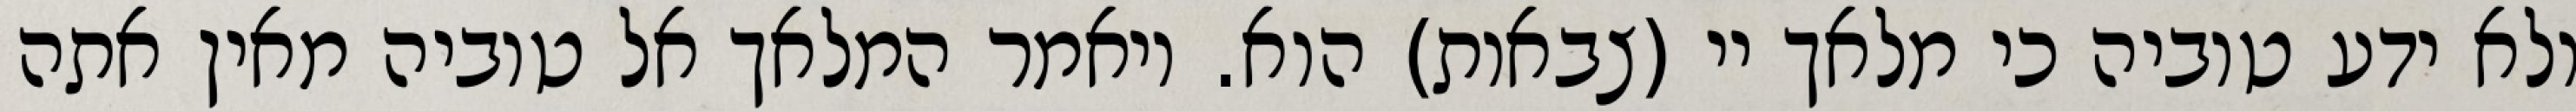
ולא ידע טוביה כי מלאך יי (צבאות) הוא. ויאמר המלאך אל טוביה מאין אתה